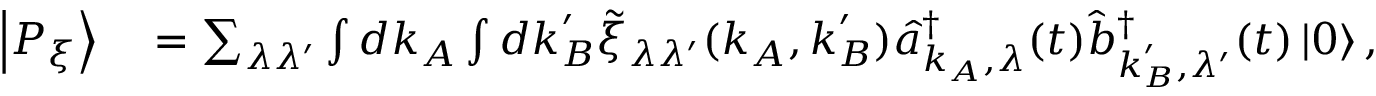
\begin{array} { r l } { \left| P _ { \xi } \right\rangle } & { { } = \sum _ { \lambda \lambda ^ { \prime } } \int d \boldsymbol { k } _ { A } \int d \boldsymbol { k } _ { B } ^ { \prime } \tilde { \xi } _ { \lambda \lambda ^ { \prime } } ( \boldsymbol { k } _ { A } , \boldsymbol { k } _ { B } ^ { \prime } ) \hat { a } _ { \boldsymbol { k } _ { A } , \lambda } ^ { \dagger } ( t ) \hat { b } _ { \boldsymbol { k } _ { B } ^ { \prime } , \lambda ^ { \prime } } ^ { \dagger } ( t ) \left| 0 \right\rangle , } \end{array}